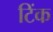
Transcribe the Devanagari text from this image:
टिंक